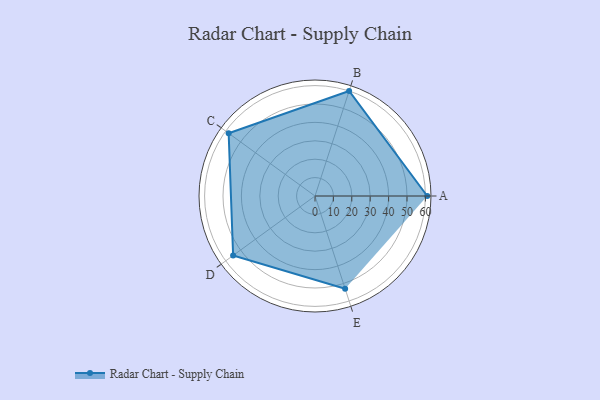
{"axis": {"x": "Skill", "y": "Score"}, "legend": ["Profile"], "data": [{"x": "A", "y": 61.0, "type": "Profile"}, {"x": "B", "y": 60.0, "type": "Profile"}, {"x": "C", "y": 58.0, "type": "Profile"}, {"x": "D", "y": 55.0, "type": "Profile"}, {"x": "E", "y": 53.0, "type": "Profile"}]}